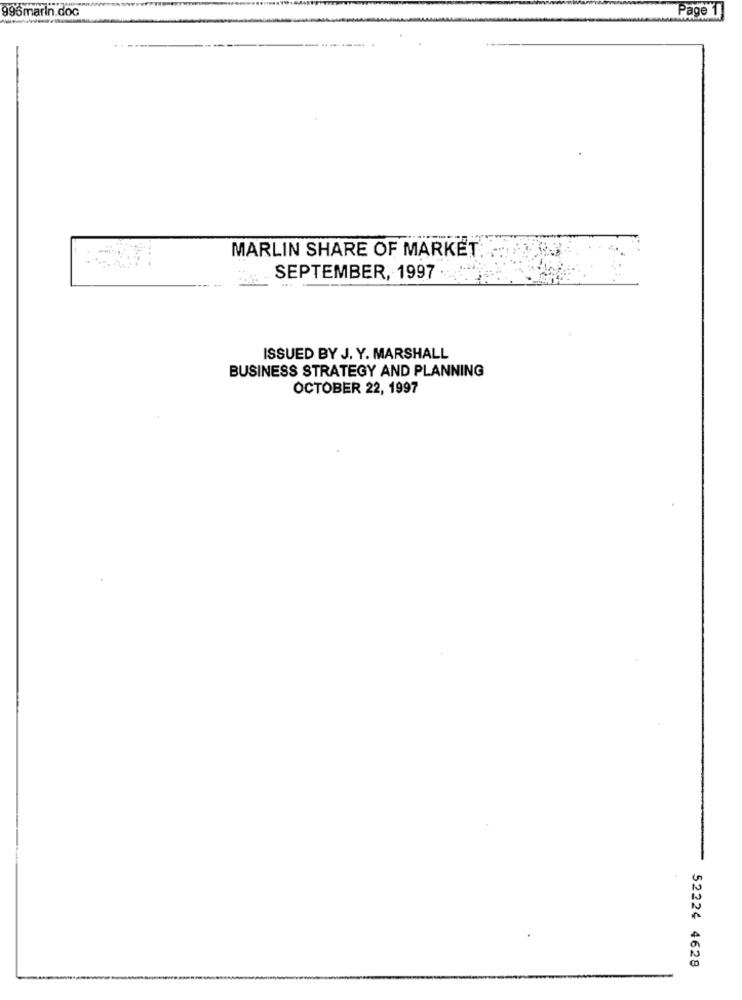
996marin.doc
Page 1]
------. .
MARLIN SHARE OF MARKET
SEPTEMBER, 1997
ISSUED BY J. Y. MARSHALL
BUSINESS STRATEGY AND PLANNING
OCTOBER 22, 1997
52224 4628